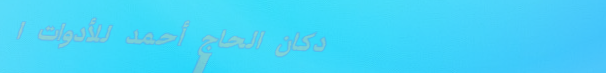
دكان الحاج أحمد للأدوات ا